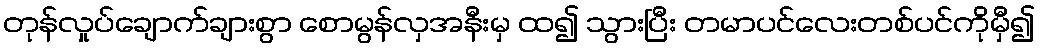
တုန်လှုပ်ချောက်ချားစွာ စောမွန်လှအနီးမှ ထ၍ သွားပြီး တမာပင်လေးတစ်ပင်ကိုမှီ၍